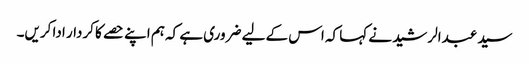
سید عبدالرشید نے کہا کہ اس کے لیے ضروری ہے کہ ہم اپنے حصے کا کردار ادا کریں۔